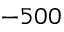
- 5 0 0